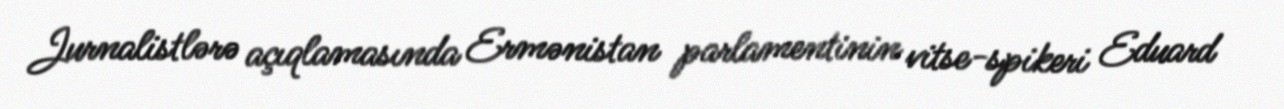
Jurnalistlərə açıqlamasında Ermənistan parlamentinin vitse-spikeri Eduard